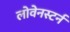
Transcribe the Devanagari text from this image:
लोवेनस्टर्न